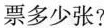
票多少张?